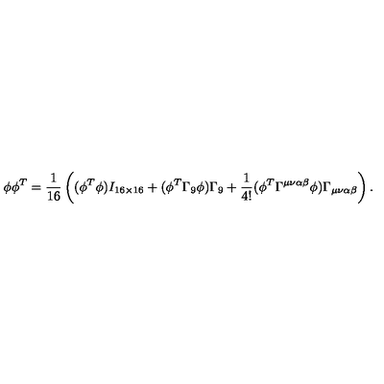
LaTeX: \phi \phi ^ { T } = \frac { 1 } { 1 6 } \left( ( \phi ^ { T } \phi ) I _ { 1 6 \times 1 6 } + ( \phi ^ { T } \Gamma _ { 9 } \phi ) \Gamma _ { 9 } + \frac { 1 } { 4 ! } ( \phi ^ { T } \Gamma ^ { \mu \nu \alpha \beta } \phi ) \Gamma _ { \mu \nu \alpha \beta } \right) .